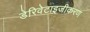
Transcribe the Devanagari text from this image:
डेरिवेटाइजीकरण